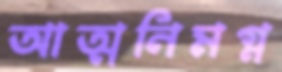
আত্মনিমগ্ন